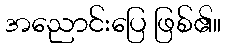
အညောင်းပြေ ဖြစ်၏။